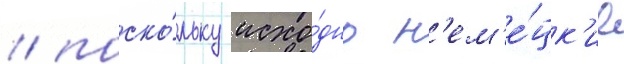
/ поско́льку исхо́дно н'ем'е́цк'ие